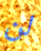
لن